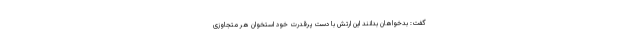
گفت: بدخواهان بدانند این ارتش با دست پرقدرت خود استخوان هر متجاوزی